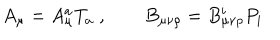
LaTeX: A _ { \mu } = A _ { \mu } ^ { a } T _ { a } \; , \qquad B _ { \mu \nu \rho } = B _ { \mu \nu \rho } ^ { i } P _ { i }